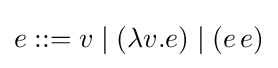
e::=v\mid (\lambda v.e)\mid (e\,e)